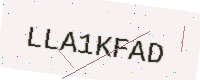
Text: LLA1KFAD